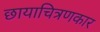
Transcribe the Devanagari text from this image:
छायाचित्रणकार